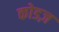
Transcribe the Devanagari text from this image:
कोडज़